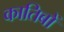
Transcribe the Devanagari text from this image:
कातिबों